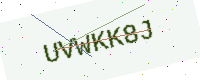
Text: UVWKK8J